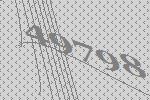
49798